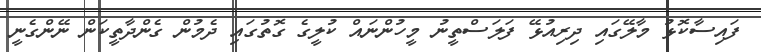
ފައިސާކޮޅު މާލޭގައި ދިރިއުޅޭ ފަލަސްތީނު މީހުންނައް ކުލީގެ ގޮތުގައި ދެމުން ގެންދާތީކަން ނޭންގެނީ